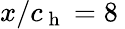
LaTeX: x/c_{\mathrm{~h~}}=8\